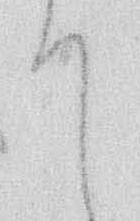
て